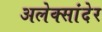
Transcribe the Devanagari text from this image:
अलेक्सांदेर